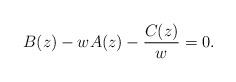
LaTeX: \begin{align*}B(z)-wA(z)-\frac{C(z)}{w}=0.\end{align*}